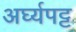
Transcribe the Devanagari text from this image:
अर्घ्यपट्ट